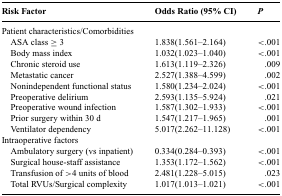
<table><thead><tr><td><b>Risk Factor</b></td><td><b>Odds Ratio (95% CI)</b></td><td><b><i>P</i></b></td></tr></thead><tbody><tr><td>Patient characteristics/Comorbidities</td><td></td><td></td></tr><tr><td> ASA class ≥ 3</td><td>1.838(1.561–2.164)</td><td>&lt;.001</td></tr><tr><td> Body mass index</td><td>1.032(1.023–1.040)</td><td>&lt;.001</td></tr><tr><td> Chronic steroid use</td><td>1.613(1.119–2.326)</td><td>.009</td></tr><tr><td> Metastatic cancer</td><td>2.527(1.388–4.599)</td><td>.002</td></tr><tr><td> Nonindependent functional status</td><td>1.580(1.234–2.024)</td><td>&lt;.001</td></tr><tr><td> Preoperative delirium</td><td>2.593(1.135–5.924)</td><td>.021</td></tr><tr><td> Preoperative wound infection</td><td>1.587(1.302–1.933)</td><td>&lt;.001</td></tr><tr><td> Prior surgery within 30 d</td><td>1.547(1.217–1.965)</td><td>.001</td></tr><tr><td> Ventilator dependency</td><td>5.017(2.262–11.128)</td><td>&lt;.001</td></tr><tr><td>Intraoperative factors</td><td></td><td></td></tr><tr><td> Ambulatory surgery (vs inpatient)</td><td>0.334(0.284–0.393)</td><td>&lt;.001</td></tr><tr><td> Surgical house-staff assistance</td><td>1.353(1.172–1.562)</td><td>&lt;.001</td></tr><tr><td> Transfusion of &gt;4 units of blood</td><td>2.481(1.228–5.015)</td><td>.023</td></tr><tr><td> Total RVUs/Surgical complexity</td><td>1.017(1.013–1.021)</td><td>&lt;.001</td></tr></tbody></table>